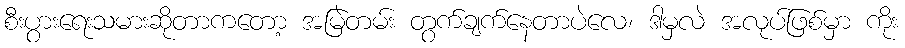
စီးပွားရေးသမားဆိုတာကတော့ အမြဲတမ်း တွက်ချက်နေတာပဲလေ၊ ဒါမှလဲ အလုပ်ဖြစ်မှာ ကိုး